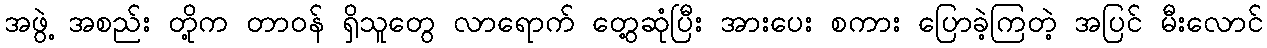
အဖွဲ့ အစည်း တို့က တာဝန် ရှိသူတွေ လာရောက် တွေ့ဆုံပြီး အားပေး စကား ပြောခဲ့ကြတဲ့ အပြင် မီးလောင်